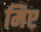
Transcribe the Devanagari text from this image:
मिए